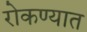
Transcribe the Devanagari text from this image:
रोकण्यात